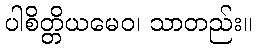
ပါစိတ္တိယမေဝ၊ သာတည်း။